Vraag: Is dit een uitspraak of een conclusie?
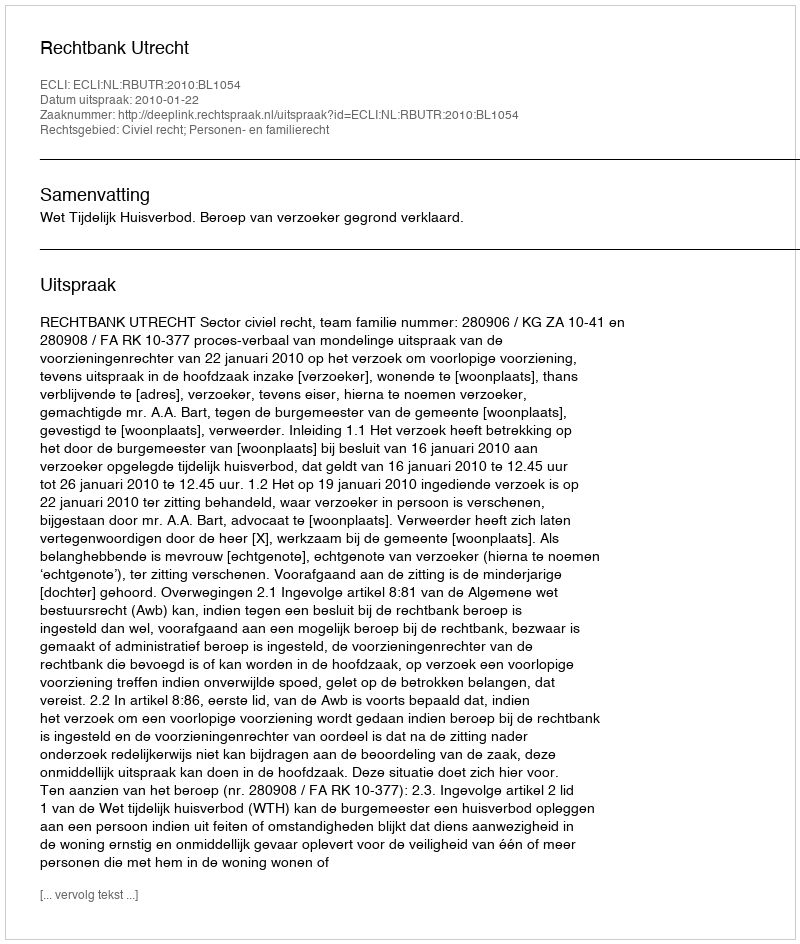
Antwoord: Uitspraak